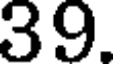
39.